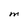
Character: M